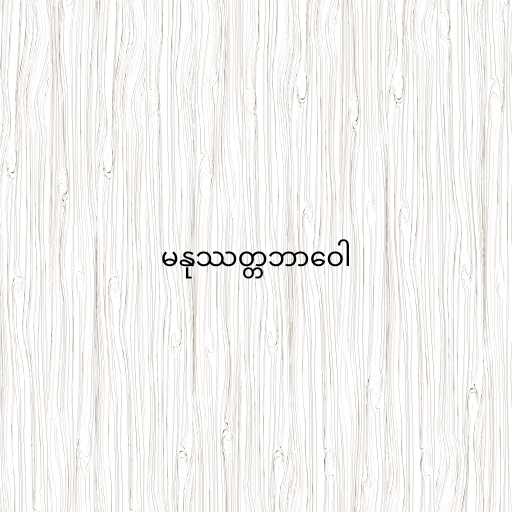
မနုဿတ္တဘာဝေါ